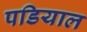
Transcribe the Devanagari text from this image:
पडियाल